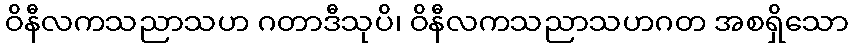
ဝိနီလကသညာသဟ ဂတာဒီသုပိ၊ ဝိနီလကသညာသဟဂတ အစရှိသော